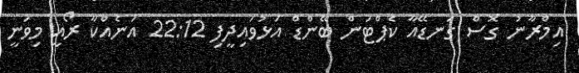
އިމްރާނު ގޮސް ގަނޑޭއާ ކެޕްޓަން ބޭންޑް އަޅުވައިދީފި 22:12 އަނެއްކާ ރޯއީ މިވަނީ